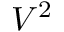
V ^ { 2 }